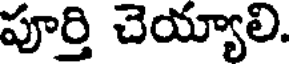
పూర్తి చెయ్యాలి.